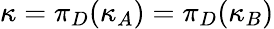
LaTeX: \kappa=\pi_{D}(\kappa_{A})=\pi_{D}(\kappa_{B})